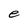
Character: e